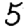
Digit: 5